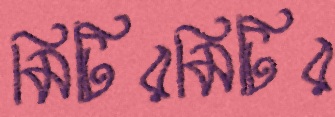
মিটিরমিটির